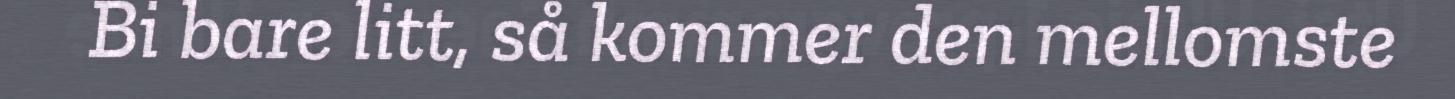
Bi bare litt, så kommer den mellomste